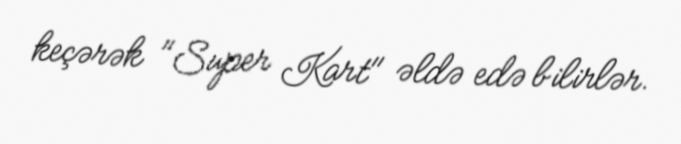
keçərək "Super Kart" əldə edə bilirlər.